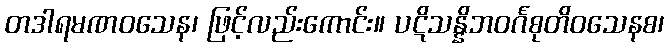
တဒါရမဏဝသေန၊ ဖြင့်လည်းကောင်း။ ပဋိသန္နိဘဝင်္ဂစုတိဝသေနစ၊